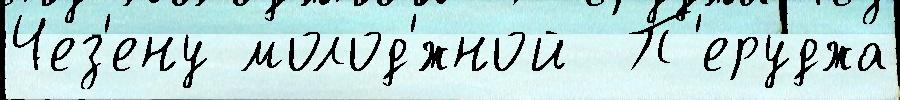
Чез'ену молод'́жной  П'еруджа